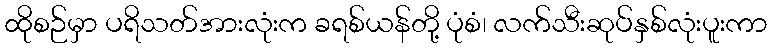
ထိုစဉ်မှာ ပရိသတ်အားလုံးက ခရစ်ယန်တို့ ပုံစံ၊ လက်သီးဆုပ်နှစ်လုံးပူးကာ